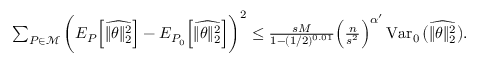
\begin{array} { r } { \sum _ { P \in { \mathcal M } } \bigg ( E _ { P } \Big [ \widehat { \| \theta \| _ { 2 } ^ { 2 } } \Big ] - E _ { P _ { 0 } } \Big [ \widehat { \| \theta \| _ { 2 } ^ { 2 } } \Big ] \bigg ) ^ { 2 } \leq \frac { s M } { 1 - ( 1 / 2 ) ^ { 0 . 0 1 } } \Big ( \frac n { s ^ { 2 } } \Big ) ^ { \alpha ^ { \prime } } \operatorname { V a r } _ { 0 } \big ( \widehat { \| \theta \| _ { 2 } ^ { 2 } } \big ) . } \end{array}